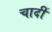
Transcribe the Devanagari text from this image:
चादीं